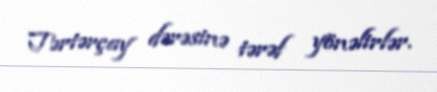
Tərtərçay dərəsinə tərəf yönəlirlər.